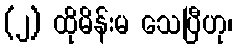
(၂) ထိုမိန်းမ သေပြီဟု၊